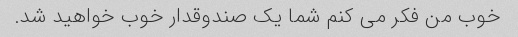
خوب من فکر می کنم شما یک صندوقدار خوب خواهید شد.